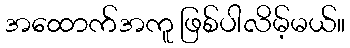
အထောက်အကူ ဖြစ်ပါလိမ့်မယ်။